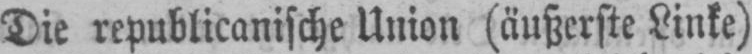
Die republicanische Union (äußerste Linke)